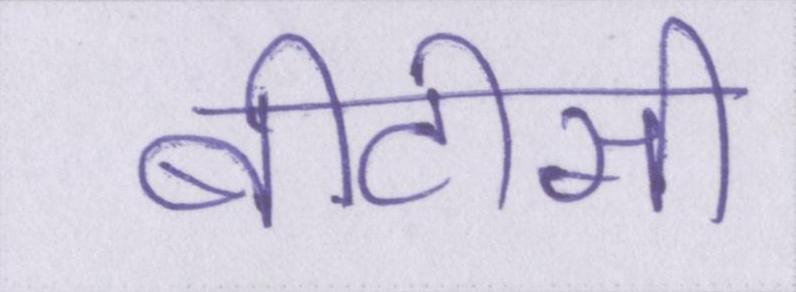
बीटीसी